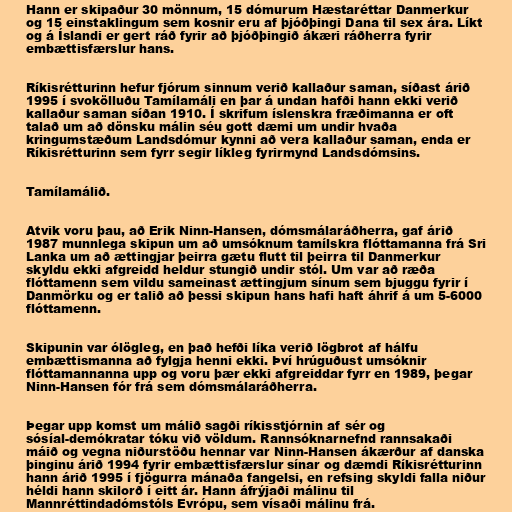
Hann er skipaður 30 mönnum, 15 dómurum Hæstaréttar Danmerkur
og 15 einstaklingum sem kosnir eru af þjóðþingi Dana til sex ára. Líkt
og á Íslandi er gert ráð fyrir að þjóðþingið ákæri ráðherra fyrir
embættisfærslur hans.

Ríkisrétturinn hefur fjórum sinnum verið kallaður saman, síðast árið
1995 í svokölluðu Tamílamáli en þar á undan hafði hann ekki verið
kallaður saman síðan 1910. Í skrifum íslenskra fræðimanna er oft
talað um að dönsku málin séu gott dæmi um undir hvaða
kringumstæðum Landsdómur kynni að vera kallaður saman, enda er
Ríkisrétturinn sem fyrr segir líkleg fyrirmynd Landsdómsins.

Tamílamálið.

Atvik voru þau, að Erik Ninn-Hansen, dómsmálaráðherra, gaf árið
1987 munnlega skipun um að umsóknum tamílskra flóttamanna frá Sri
Lanka um að ættingjar þeirra gætu flutt til þeirra til Danmerkur
skyldu ekki afgreidd heldur stungið undir stól. Um var að ræða
flóttamenn sem vildu sameinast ættingjum sínum sem bjuggu fyrir í
Danmörku og er talið að þessi skipun hans hafi haft áhrif á um 5-6000
flóttamenn.

Skipunin var ólögleg, en það hefði líka verið lögbrot af hálfu
embættismanna að fylgja henni ekki. Því hrúguðust umsóknir
flóttamannanna upp og voru þær ekki afgreiddar fyrr en 1989, þegar
Ninn-Hansen fór frá sem dómsmálaráðherra.

Þegar upp komst um málið sagði ríkisstjórnin af sér og
sósíal-demókratar tóku við völdum. Rannsóknarnefnd rannsakaði
máið og vegna niðurstöðu hennar var Ninn-Hansen ákærður af danska
þinginu árið 1994 fyrir embættisfærslur sínar og dæmdi Ríkisrétturinn
hann árið 1995 í fjögurra mánaða fangelsi, en refsing skyldi falla niður
héldi hann skilorð í eitt ár. Hann áfrýjaði málinu til
Mannréttindadómstóls Evrópu, sem vísaði málinu frá.